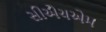
સીએચએમ